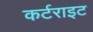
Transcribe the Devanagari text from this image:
कर्टराइट